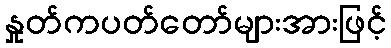
နှုတ်ကပတ်တော်များအားဖြင့်